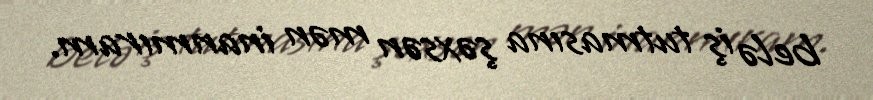
belə iş tutmasına şəxsən mən inanmıram.